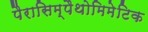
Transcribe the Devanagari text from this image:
पैरासिम्पैथोमिमेटिक